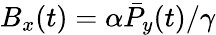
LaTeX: B_{x}(t)={\alpha}\bar{P}_{y}(t)/{\gamma}